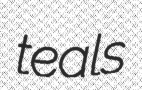
teals